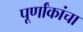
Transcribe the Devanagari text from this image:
पूर्णांकांचा